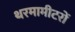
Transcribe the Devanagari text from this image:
थरमामीटरों